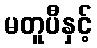
မတူပီနှင့်